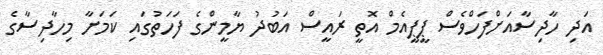
އަދި ހާދިސާއަށްފަހްވެސް ޕީޕީއެމް އޮތީ ރައީސް އަބުދު ޔާމީންގެ ފަހަތުގައި ކަމަށާ މިހާދިސާގެ